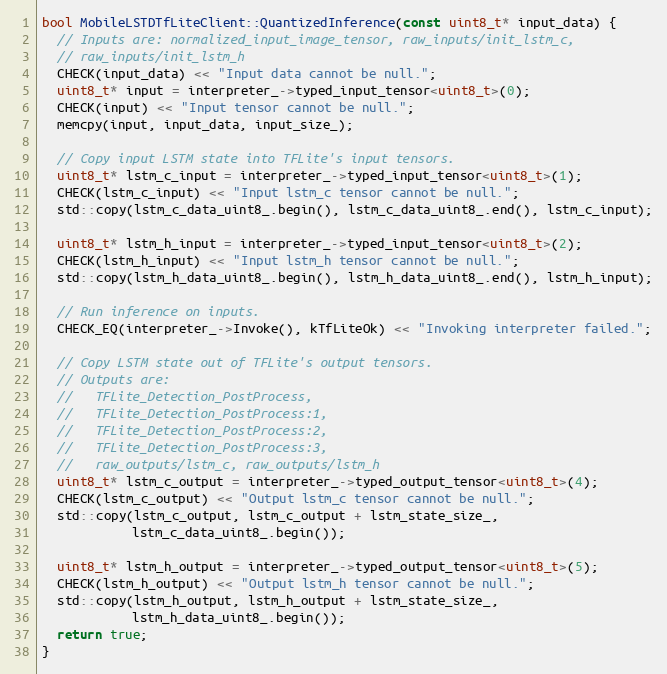
Language: C++
bool MobileLSTDTfLiteClient::QuantizedInference(const uint8_t* input_data) {
  // Inputs are: normalized_input_image_tensor, raw_inputs/init_lstm_c,
  // raw_inputs/init_lstm_h
  CHECK(input_data) << "Input data cannot be null.";
  uint8_t* input = interpreter_->typed_input_tensor<uint8_t>(0);
  CHECK(input) << "Input tensor cannot be null.";
  memcpy(input, input_data, input_size_);

  // Copy input LSTM state into TFLite's input tensors.
  uint8_t* lstm_c_input = interpreter_->typed_input_tensor<uint8_t>(1);
  CHECK(lstm_c_input) << "Input lstm_c tensor cannot be null.";
  std::copy(lstm_c_data_uint8_.begin(), lstm_c_data_uint8_.end(), lstm_c_input);

  uint8_t* lstm_h_input = interpreter_->typed_input_tensor<uint8_t>(2);
  CHECK(lstm_h_input) << "Input lstm_h tensor cannot be null.";
  std::copy(lstm_h_data_uint8_.begin(), lstm_h_data_uint8_.end(), lstm_h_input);

  // Run inference on inputs.
  CHECK_EQ(interpreter_->Invoke(), kTfLiteOk) << "Invoking interpreter failed.";

  // Copy LSTM state out of TFLite's output tensors.
  // Outputs are:
  //   TFLite_Detection_PostProcess,
  //   TFLite_Detection_PostProcess:1,
  //   TFLite_Detection_PostProcess:2,
  //   TFLite_Detection_PostProcess:3,
  //   raw_outputs/lstm_c, raw_outputs/lstm_h
  uint8_t* lstm_c_output = interpreter_->typed_output_tensor<uint8_t>(4);
  CHECK(lstm_c_output) << "Output lstm_c tensor cannot be null.";
  std::copy(lstm_c_output, lstm_c_output + lstm_state_size_,
            lstm_c_data_uint8_.begin());

  uint8_t* lstm_h_output = interpreter_->typed_output_tensor<uint8_t>(5);
  CHECK(lstm_h_output) << "Output lstm_h tensor cannot be null.";
  std::copy(lstm_h_output, lstm_h_output + lstm_state_size_,
            lstm_h_data_uint8_.begin());
  return true;
}